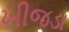
ખીજડા